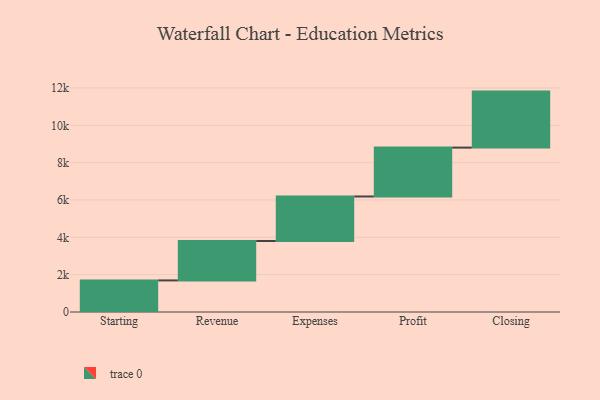
{"axis": {"x": "Step", "y": "Value"}, "legend": [""], "data": [{"x": "Starting", "y": 1692.0, "type": ""}, {"x": "Revenue", "y": 2111.0, "type": ""}, {"x": "Expenses", "y": 2385.0, "type": ""}, {"x": "Profit", "y": 2618.0, "type": ""}, {"x": "Closing", "y": 3000, "type": ""}]}